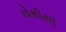
ચોથીથી